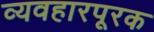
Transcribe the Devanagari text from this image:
व्यवहारपूरक